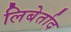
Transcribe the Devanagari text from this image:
लिबेर्ताद